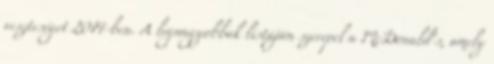
veszteséget 2014-ben. A legnagyobbak listáján szerepel a McDonald's, amely